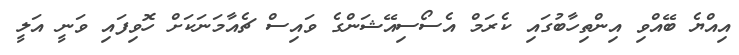
އިއްޔެ ބޭއްވި އިންތިހާބުގައި ކެރަމް އެސޯސިއޭޝަންގެ ވައިސް ޗެއާމަނަކަށް ހޮވިފައި ވަނީ އަލީ